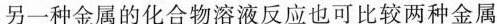
另一种金属的化合物溶液反应也可比较两种金属